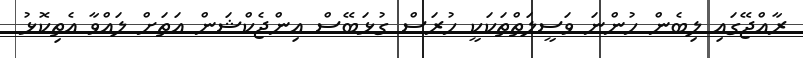
ރާއްޖޭގައި ލިބެން ހުންނަ ވަސީލަތްތަކަކީ ހުރަސް ގުޅަބޭސް އިންޖެކްޝަން އަތަށް ލައްވާ އެތިކޮޅު